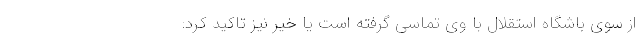
از سوی باشگاه استقلال با وی تماسی گرفته است یا خیر نیز تاکید کرد: